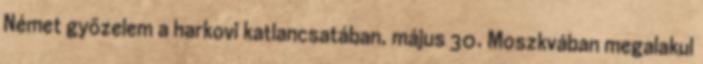
Német gyõzelem a harkovi katlancsatában. május 30. Moszkvában megalakul